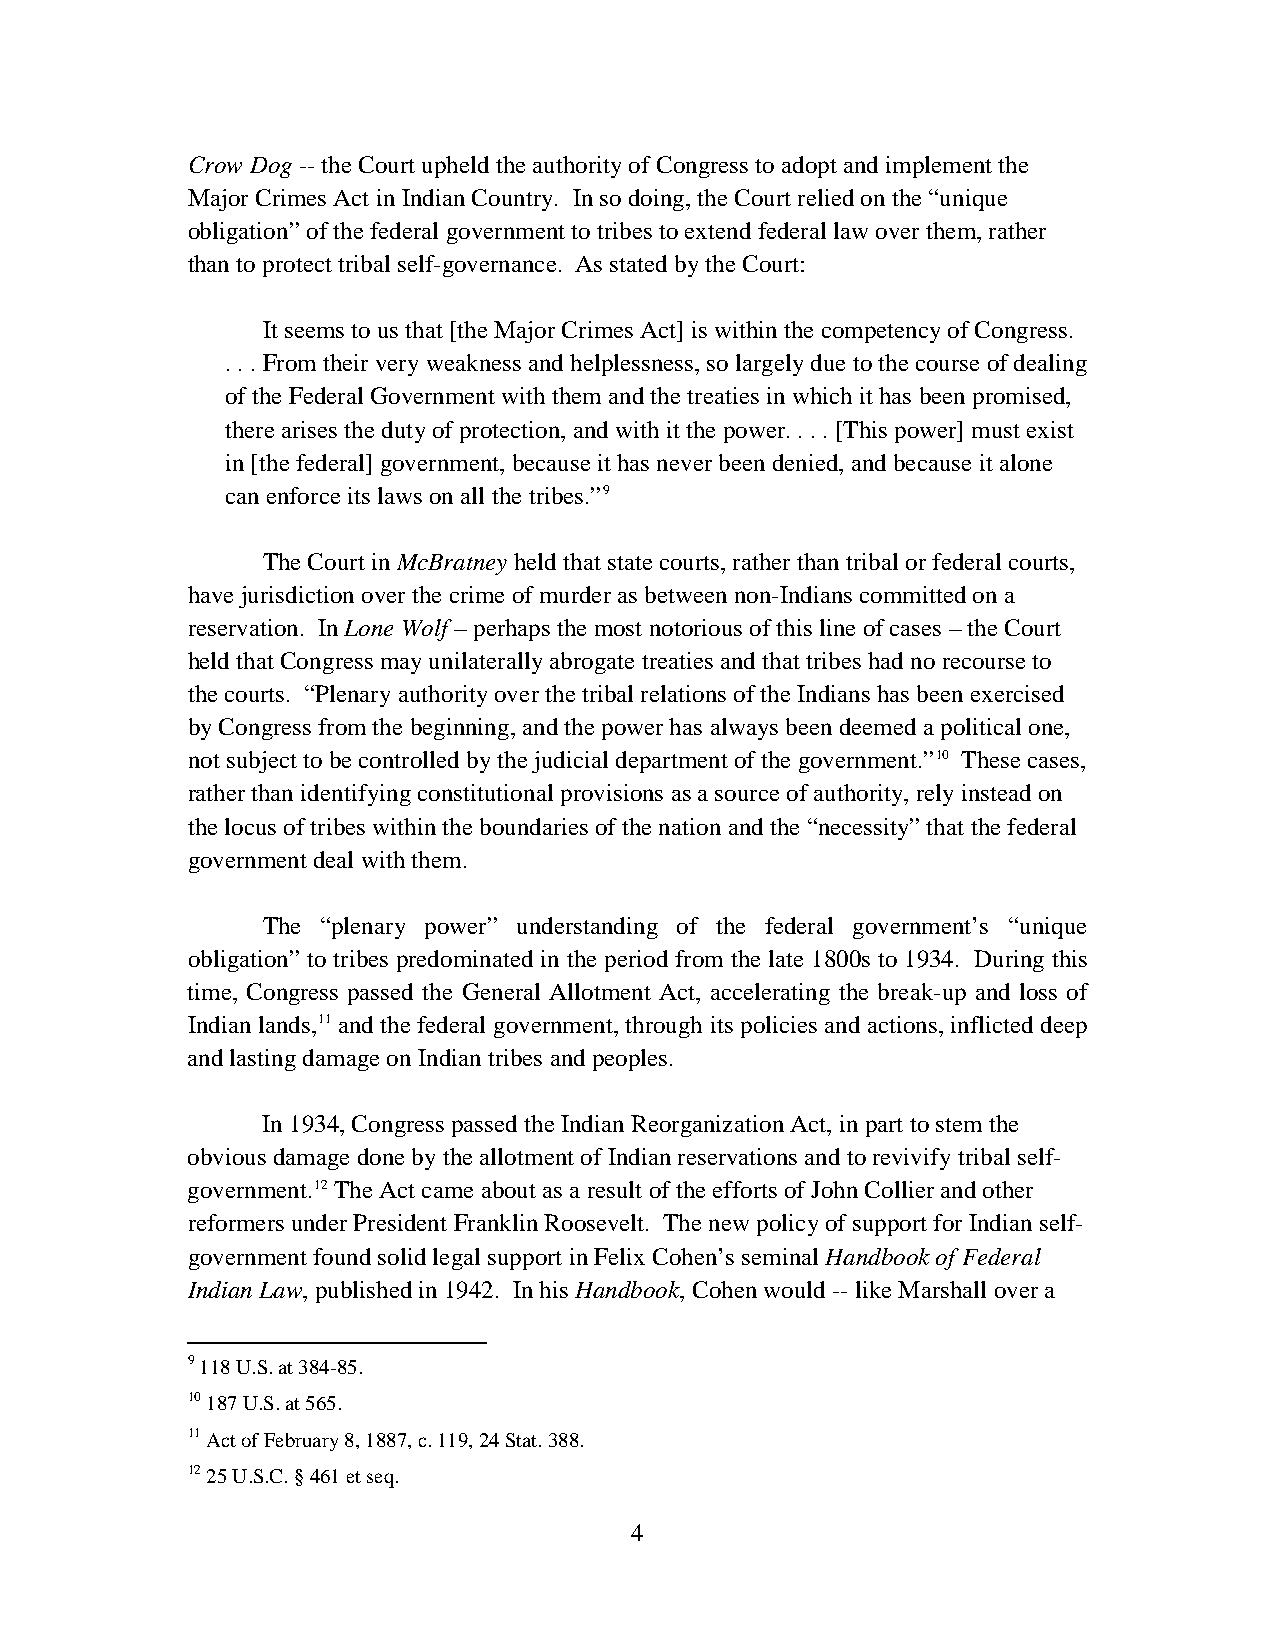
Crow Dog -- the Court upheld the authority of Congress to adopt and implement the
 Major Crimes Act in Indian Country. In so doing, the Court relied on the “unique
 obligation” of the federal government to tribes to extend federal law over them, rather
 than to protect tribal self-governance. As stated by the Court:
 It seems to us that [the Major Crimes Act] is within the competency of Congress.
 . . . From their very weakness and helplessness, so largely due to the course of dealing
 of the Federal Government with them and the treaties in which it has been promised,
 there arises the duty of protection, and with it the power. . . . [This power] must exist
 in [the federal] government, because it has never been denied, and because it alone
 can enforce its laws on all the tribes.”9
 The Court in McBratney held that state courts, rather than tribal or federal courts,
 have jurisdiction over the crime of murder as between non-Indians committed on a
 reservation. In Lone Wolf – perhaps the most notorious of this line of cases – the Court
 held that Congress may unilaterally abrogate treaties and that tribes had no recourse to
 the courts. “Plenary authority over the tribal relations of the Indians has been exercised
 by Congress from the beginning, and the power has always been deemed a political one,
 not subject to be controlled by the judicial department of the government.”10 These cases,
 rather than identifying constitutional provisions as a source of authority, rely instead on
 the locus of tribes within the boundaries of the nation and the “necessity” that the federal
 government deal with them.
 The “plenary power” understanding of the federal government’s “unique
 obligation” to tribes predominated in the period from the late 1800s to 1934. During this
 time, Congress passed the General Allotment Act, accelerating the break-up and loss of
 Indian lands,11 and the federal government, through its policies and actions, inflicted deep
 and lasting damage on Indian tribes and peoples.
 In 1934, Congress passed the Indian Reorganization Act, in part to stem the
 obvious damage done by the allotment of Indian reservations and to revivify tribal self-
 government.12 The Act came about as a result of the efforts of John Collier and other
 reformers under President Franklin Roosevelt. The new policy of support for Indian self-
 government found solid legal support in Felix Cohen’s seminal Handbook of Federal
 Indian Law, published in 1942. In his Handbook, Cohen would -- like Marshall over a
 9 118 U.S. at 384-85.
 10 187 U.S. at 565.
 11 Act of February 8, 1887, c. 119, 24 Stat. 388.
 12 25 U.S.C. § 461 et seq.
 4